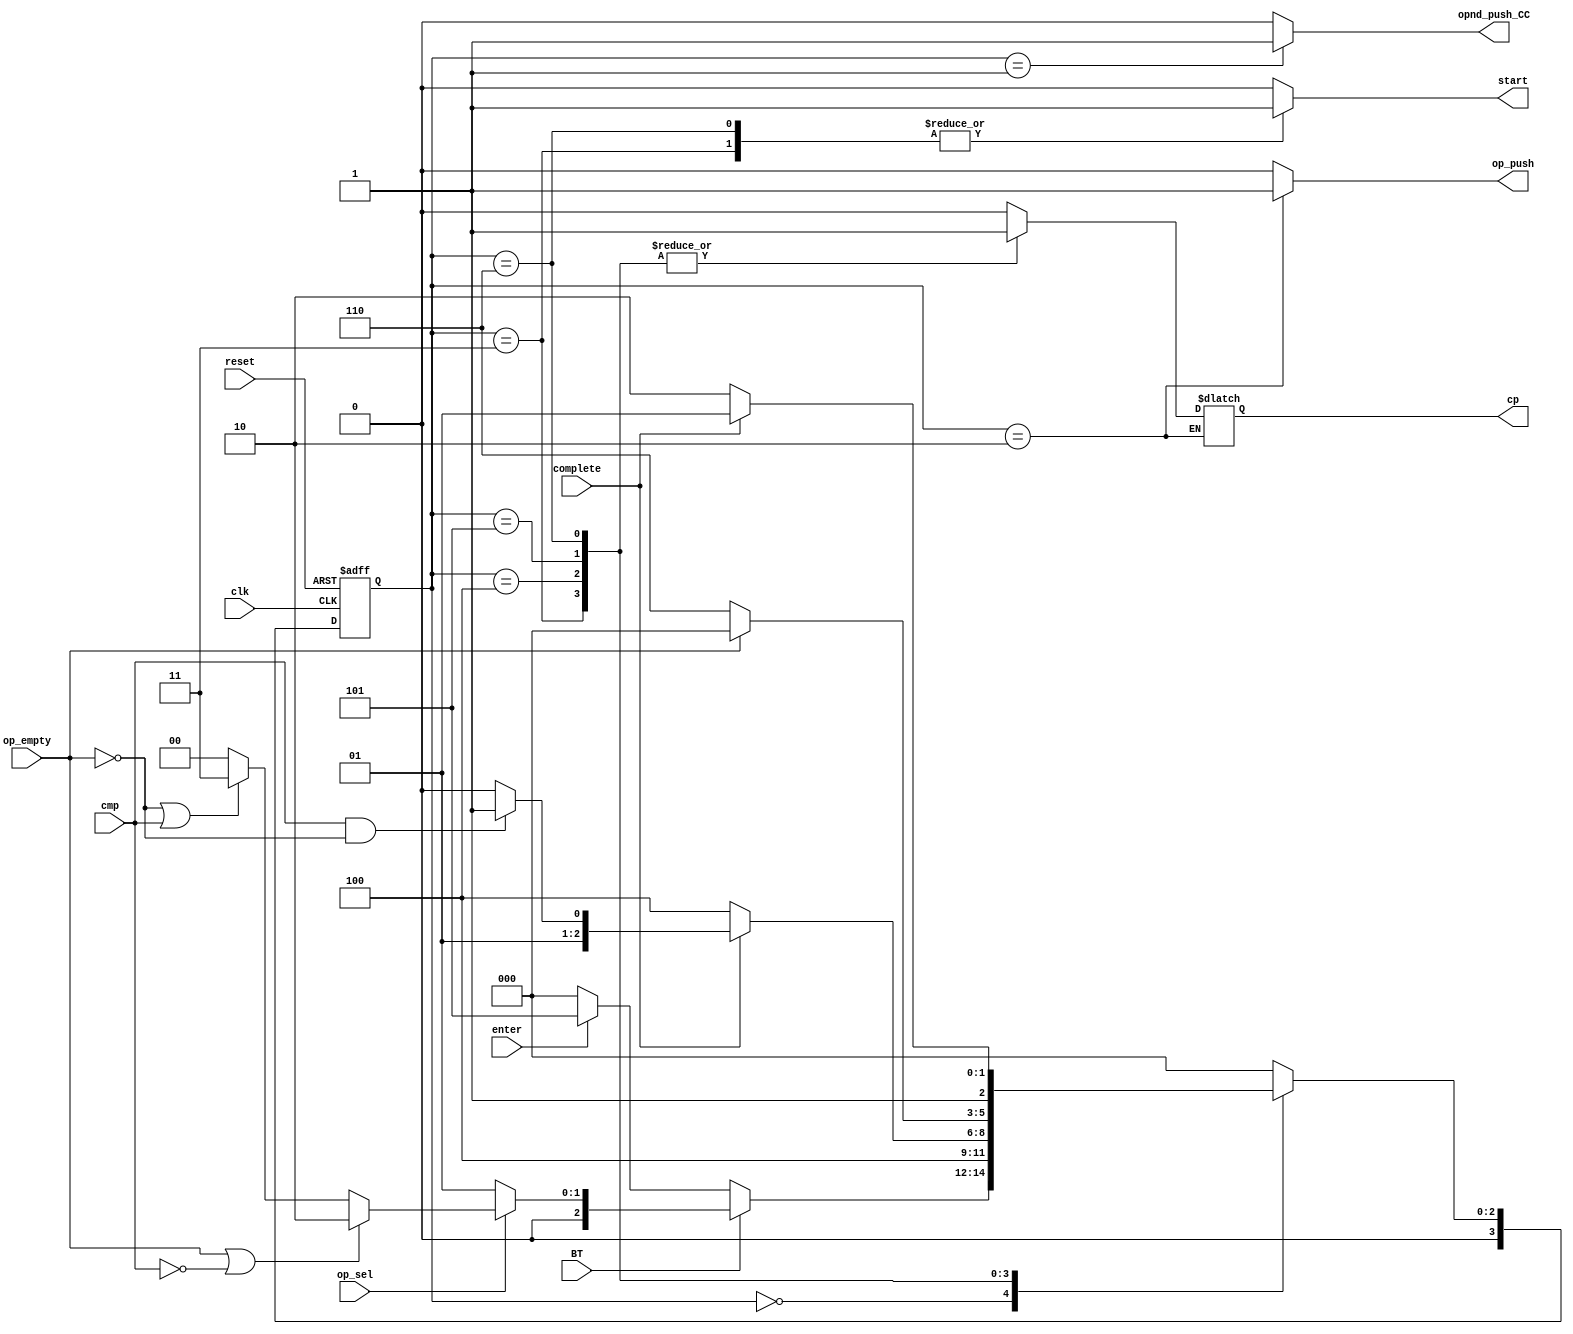
module stack_cc(reset,clk,BT,enter,op_sel,op_empty,complete,cmp,start,cp,opnd_push_CC,op_push);
input clk,reset,BT,enter,op_sel,op_empty,complete,cmp;
output reg start,cp,opnd_push_CC,op_push;
reg[3:0]cs,ns;

always@(posedge clk or posedge reset)
if(reset)
cs<=4'd0;
else
cs<=ns;

always@(*)begin
case(cs)
4'd0:begin
       if(BT)
	      if(op_sel)
			  if(op_empty||(~cmp))
			    ns=4'd2;
			  else if((~op_empty)||cmp)
			    ns=4'd3;
			  else
			    ns=4'd0;
			else
			  ns=4'd1;
		 else if(enter)
		     ns=4'd5;
		 else
		   ns=4'd0;		 
	  end
4'd1:begin
       ns=4'd0;
	  end
4'd2:begin
       ns=4'd0;
	  end
4'd3:begin
     ns=4'd4;
	  end
4'd4:begin
     if(complete)
	    if(cmp&&(~op_empty))
		   ns=4'd3;
		 else
		   ns=4'd2;
	  else
	    ns=4'd4;
	  end
4'd5:begin
       if(op_empty)
		   ns=4'd0;
		 else
         ns=4'd6;
	  end
4'd6:begin
     if(complete)
	   /* if(op_empty)
		   ns=4'd0;
		 else  */
		   ns=4'd5;
	  else
	    ns=4'd6;
	  end
default:begin
        ns=4'd0;
		  end
endcase
end

always@(*)begin
case(cs)
4'd0:begin
     start<=1'd0;
	  cp<=1'd0;
	  opnd_push_CC<=1'd0;
	  op_push<=1'd0;
	  end
4'd1:begin
     start<=1'd0;
	  cp<=1'd0;
	  opnd_push_CC<=1'd1;
	  op_push<=1'd0;
	  end
4'd2:begin
     start<=1'd0;
	  cp<=cp;
	  opnd_push_CC<=1'd0;
	  op_push<=1'd1;     
	  end
4'd3:begin
     start<=1'd1;
	  cp<=1'd1;
	  opnd_push_CC<=1'd0;
	  op_push<=1'd0;     
	  end
4'd4:begin
     start<=1'd0;
	  cp<=1'd1;
	  opnd_push_CC<=1'd0;
	  op_push<=1'd0;     
	  end	
4'd5:begin
     start<=1'd0;
	  cp<=1'd1;
	  opnd_push_CC<=1'd0;
	  op_push<=1'd0;     
	  end  
4'd6:begin
     start<=1'd1;
	  cp<=1'd1;
	  opnd_push_CC<=1'd0;
	  op_push<=1'd0;     
	  end
default:begin
     start<=1'd0;
	  cp<=1'd0;
	  opnd_push_CC<=1'd0;
	  op_push<=1'd0;     
	  end
endcase
end

endmodule